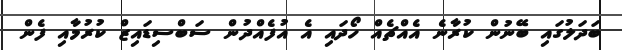
ބަދަލުގައި ބޭނުން ކުރާނެ އެއްޗެއް ހޯދައި އެ އުފެއްދުން ސަބްސިޑައިޒް ކުރުމާއި ފެން